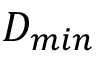
D _ { m i n }